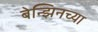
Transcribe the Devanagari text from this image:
बेन्झिनच्या